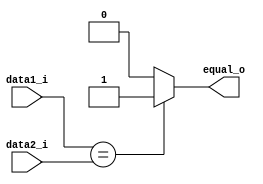
module Equal
(
    input   [31:0]   data1_i,
    input   [31:0]   data2_i,
    output           equal_o
);

assign equal_o = (data1_i==data2_i) ? 1 : 0;

endmodule